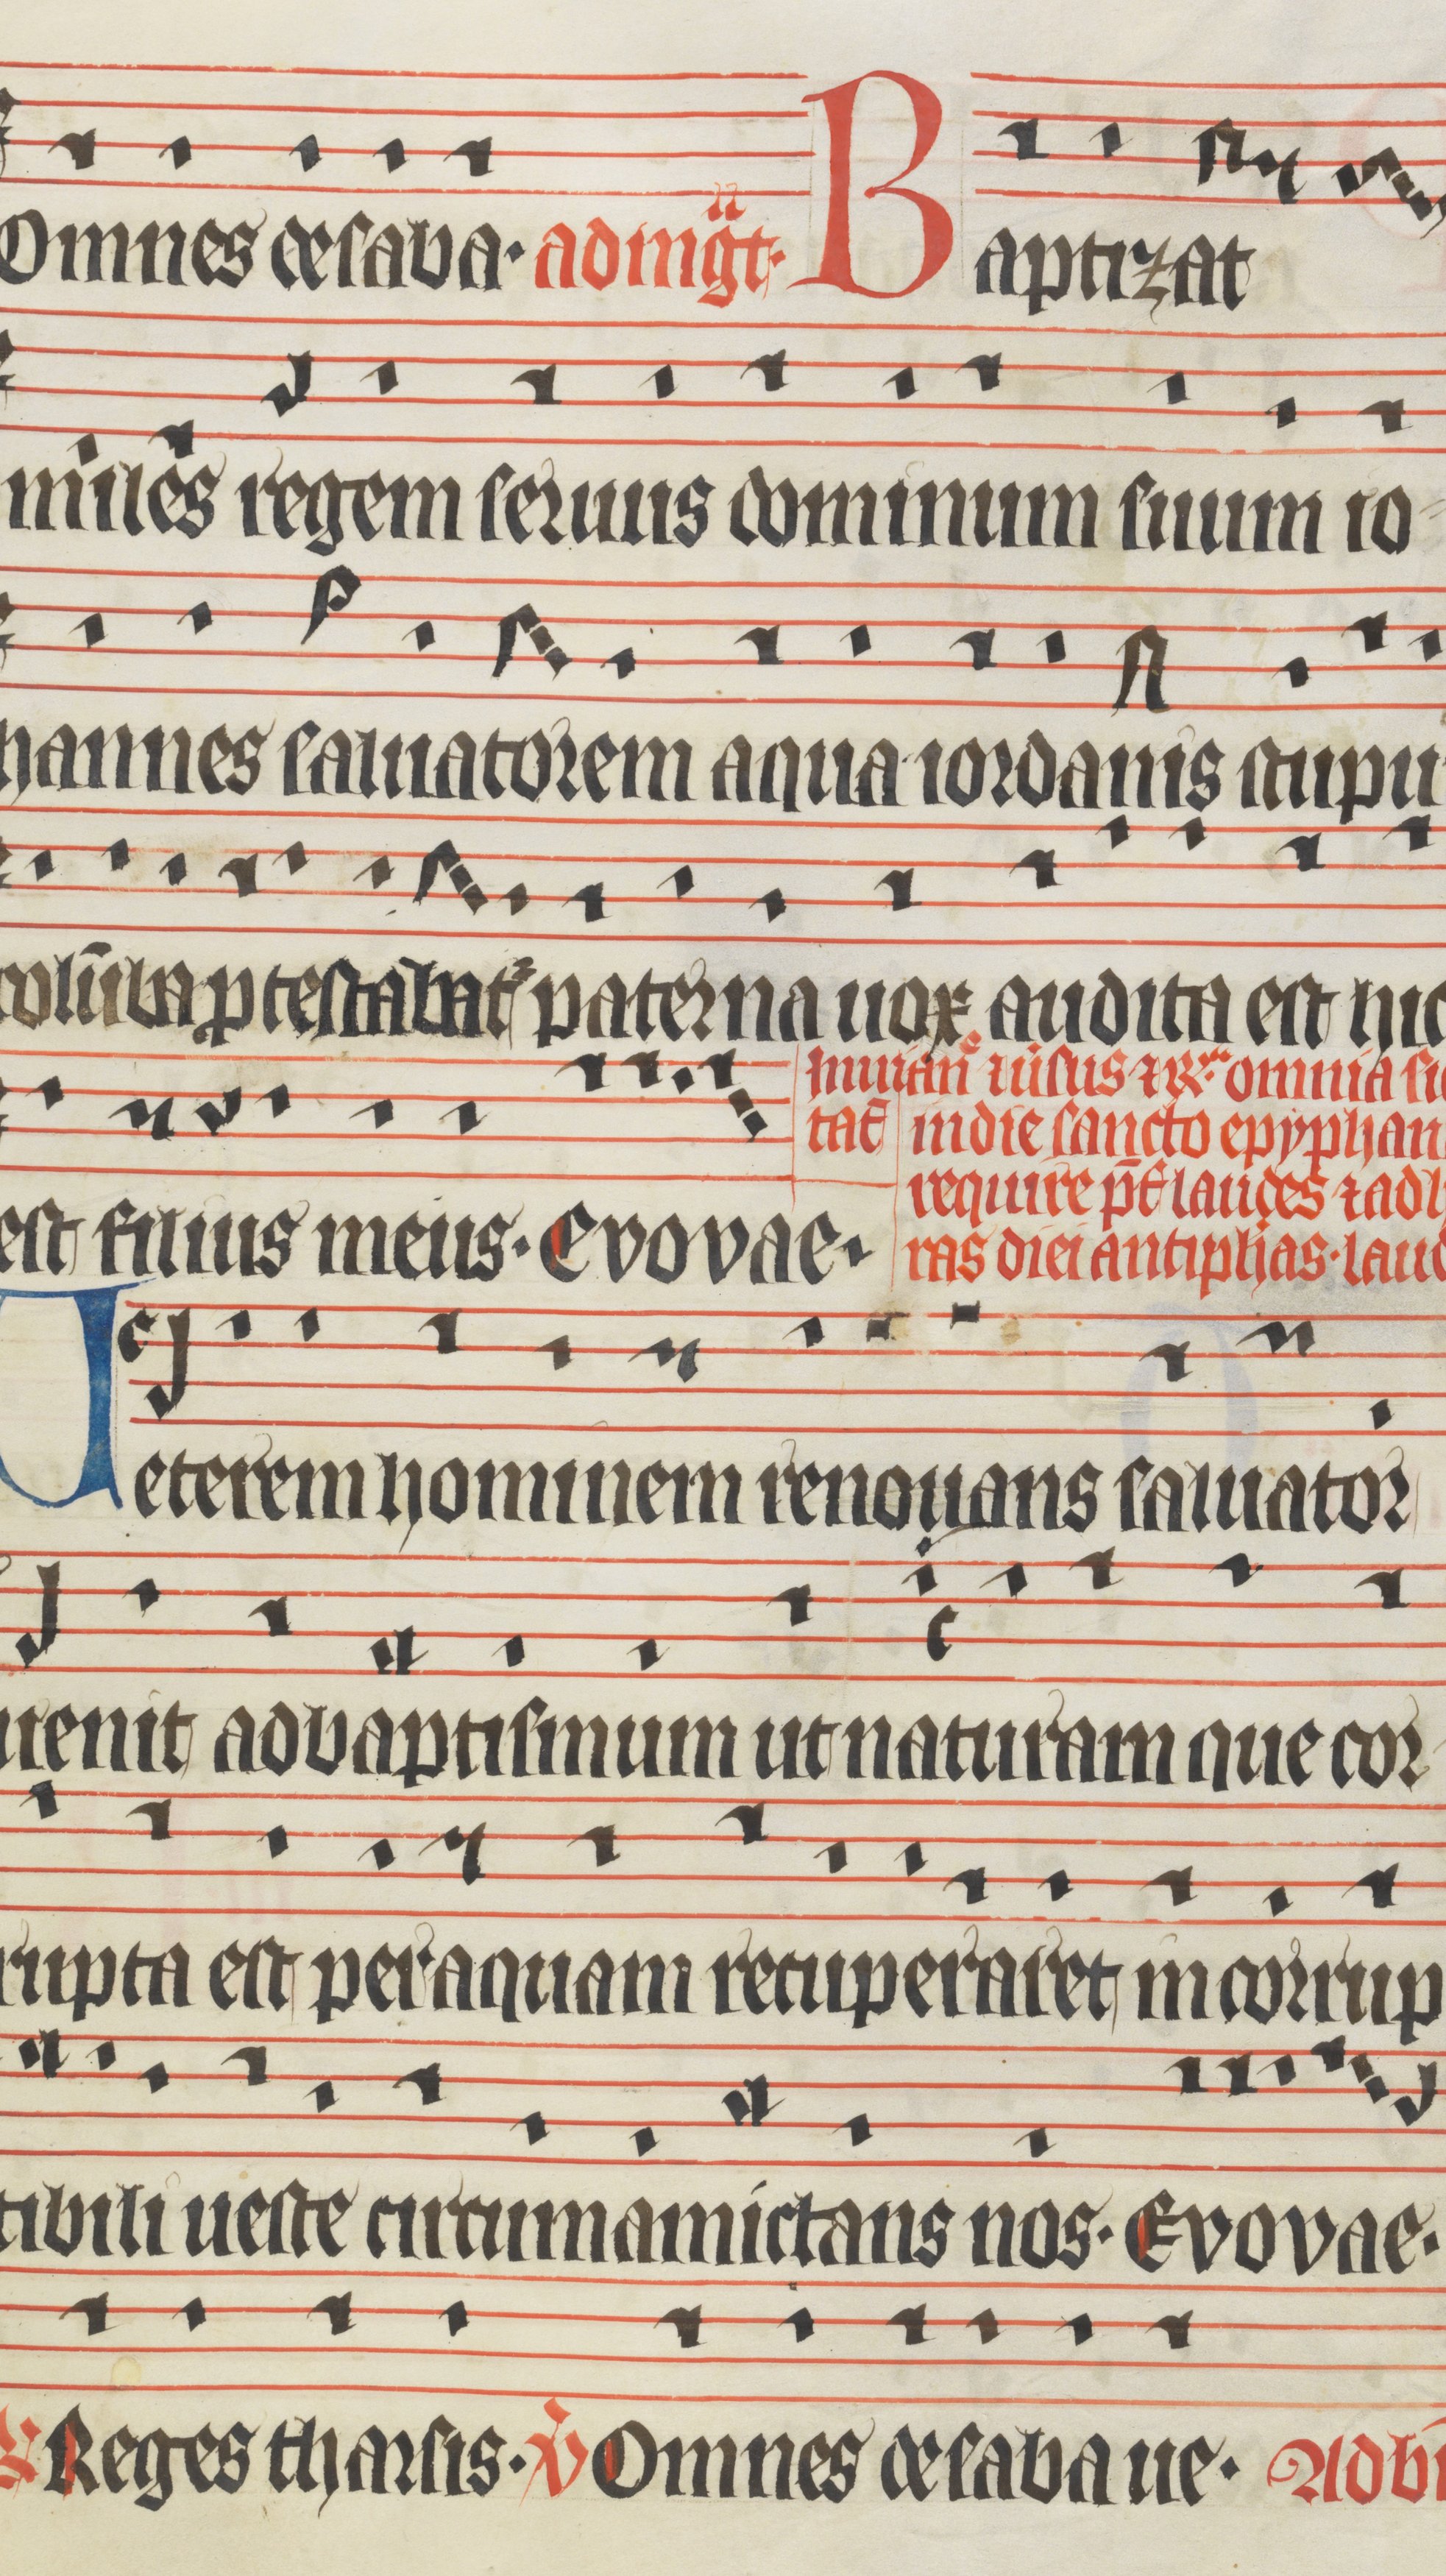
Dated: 1400–1499